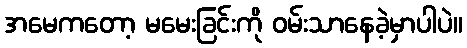
အမေကတော့ မမေးခြင်းကို ဝမ်းသာနေခဲ့မှာပါပဲ။